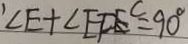
\prime \angle E + \angle E F E ^ { C } = 9 0 ^ { \circ }